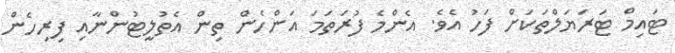
ޓައިމް ޓަރަަޔަލްތަކަށް ފަހު އެވެ. އެންމެ ފުރަތަމަ އަންހެން ތިން އެތުލީޓުންނާއި ފިރިހެން